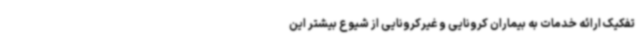
تفکیک ارائه خدمات به بیماران کرونایی و غیرکرونایی از شیوع بیشتر این